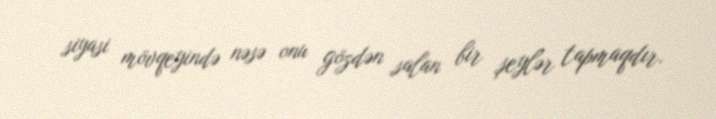
siyasi mövqeyində nəsə onu gözdən salan bir şeylər tapmaqdır.